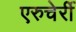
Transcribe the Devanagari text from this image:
एरुचेर्री